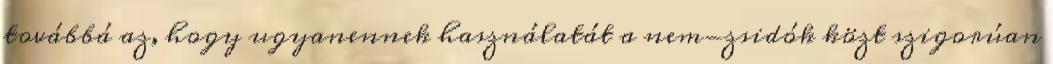
továbbá az, hogy ugyanennek használatát a nem-zsidók közt szigorúan